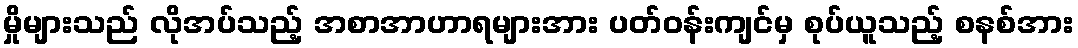
မှိုများသည် လိုအပ်သည့် အစာအာဟာရများအား ပတ်ဝန်းကျင်မှ စုပ်ယူသည့် စနစ်အား